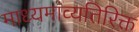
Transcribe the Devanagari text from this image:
माध्यमांव्यतिरिक्त